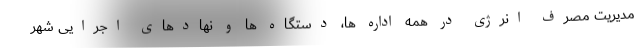
مدیریت مصرف انرژی در همه اداره ها، دستگاه ها و نهادهای اجرایی شهر